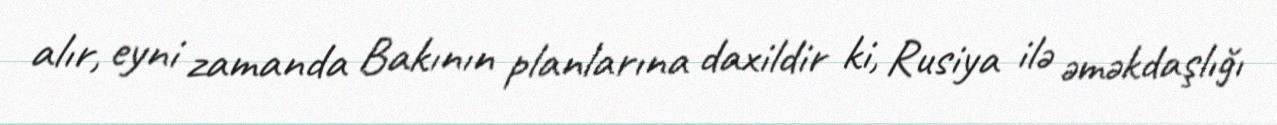
alır, eyni zamanda Bakının planlarına daxildir ki, Rusiya ilə əməkdaşlığı